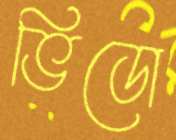
ভিডো